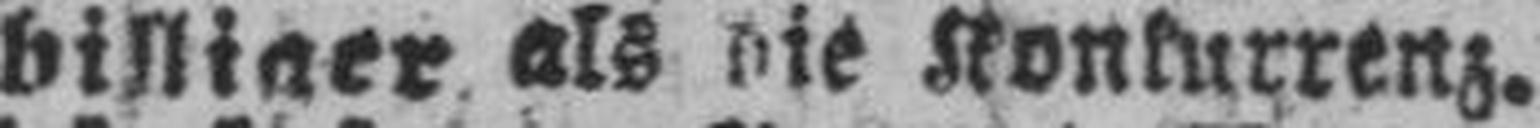
billiger als die Konkurrenz.